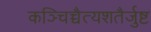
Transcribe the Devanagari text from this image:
कञ्चिच्चैत्यशतैर्जुष्ट